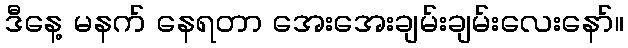
ဒီနေ့ မနက် နေရတာ အေးအေးချမ်းချမ်းလေးနော်။